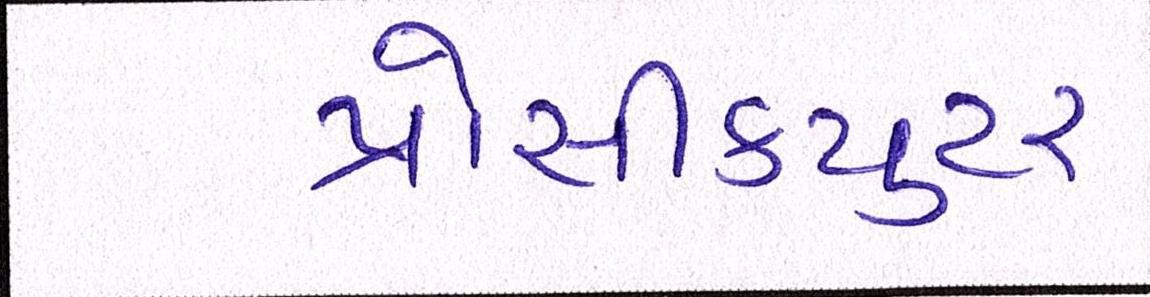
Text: પ્રોસીકયુટર